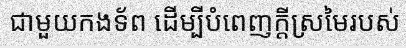
ជាមួយកងទ័ព ដើម្បីបំពេញក្តីស្រមៃរបស់